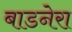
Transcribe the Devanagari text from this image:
बाडनेरा